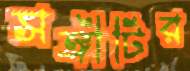
সঙ্গীটির